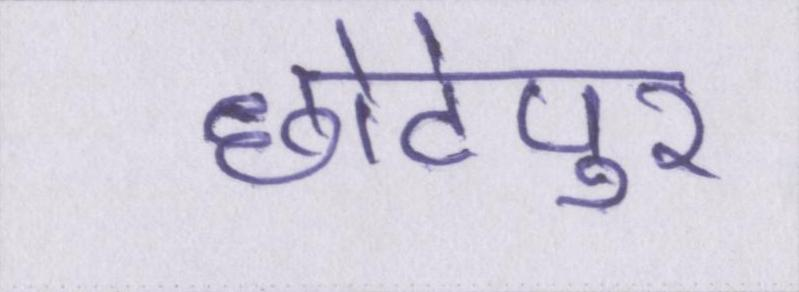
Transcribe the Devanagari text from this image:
छोटेपुर